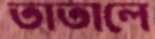
তাতালে